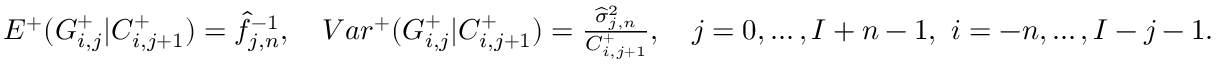
\begin{array} { r } { E ^ { + } ( G _ { i , j } ^ { + } | C _ { i , j + 1 } ^ { + } ) = \widehat { f } _ { j , n } ^ { - 1 } , \quad V a r ^ { + } ( G _ { i , j } ^ { + } | C _ { i , j + 1 } ^ { + } ) = \frac { \widehat { \sigma } _ { j , n } ^ { 2 } } { C _ { i , j + 1 } ^ { + } } , \quad j = 0 , \dots , I + n - 1 , \ i = - n , \dots , I - j - 1 . } \end{array}